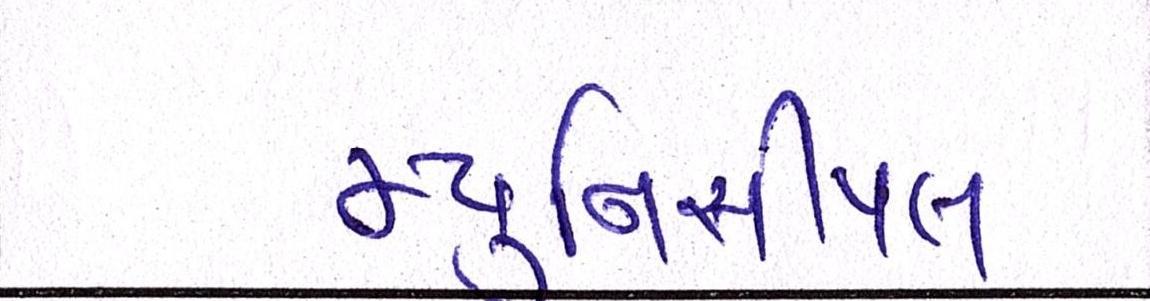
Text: મ્યુનિસીપલ